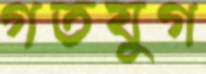
গতযুগ